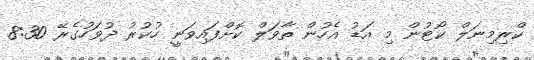
ކްރިމިނަލް ކޯޓުން މި އަޑު އެހުން ތާވަލް ކޮށްފައިވަނީ ހުކުރު ދުވަހުގެރޭ 8:30